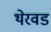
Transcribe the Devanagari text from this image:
थेरवड